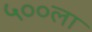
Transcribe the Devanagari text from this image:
५००ला